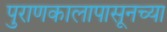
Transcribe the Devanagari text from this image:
पुराणकालापासूनच्या